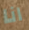
انا